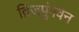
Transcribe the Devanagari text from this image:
द्विजपुंगवेन